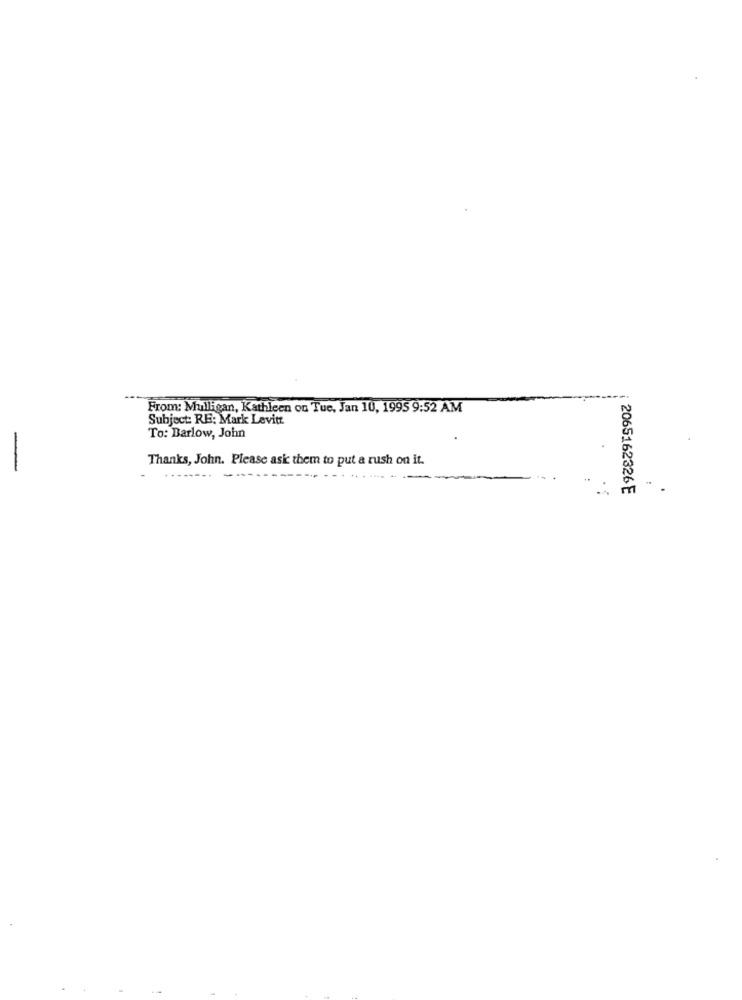
From: Mulligan, Kathleen on Tue, Jan 10, 1995 9:52 AM
Subject: RE: Mark Levitt
To: Barlow, John
Thanks, John. Please ask them to put a rush on it.
-
----
---------
2065162326 E